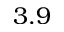
3 . 9